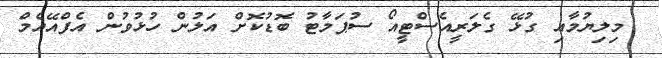
މިލިޔުމާއި ގުޅޭ ގެލަރީއެސްޓީއޯ ސުޕަމާޓު ބޮޑުކޮށް އަލުން ހުޅުވުން އެފްއޭއެމް